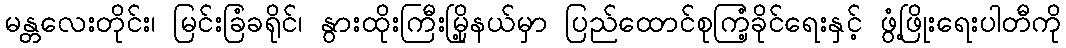
မန္တလေးတိုင်း၊ မြင်းခြံခရိုင်၊ နွားထိုးကြီးမြို့နယ်မှာ ပြည်ထောင်စုကြံ့ခိုင်ရေးနှင့် ဖွံ့ဖြိုးရေးပါတီကို